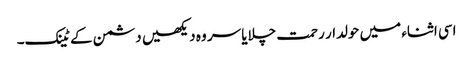
اسی اثناء میں حولدار رحمت چلایا سر وہ دیکھیں دشمن کے ٹینک۔